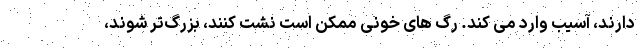
دارند، آسیب وارد می کند. رگ های خونی ممکن است نشت کنند، بزرگ‌تر شوند،